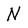
Character: N